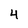
Character: 4